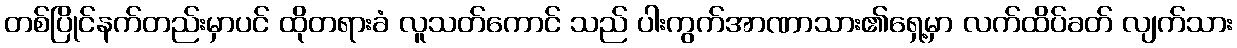
တစ်ပြိုင်နက်တည်းမှာပင် ထိုတရားခံ လူသတ်ကောင် သည် ပါးကွက်အာဏာသား၏ရှေ့မှာ လက်ထိပ်ခတ် လျက်သား